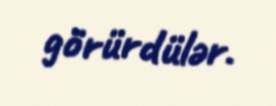
görürdülər.